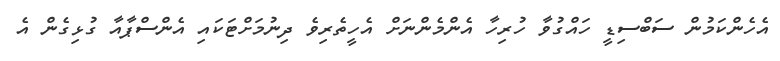
އެހެންކަމުން ސަބްސިޑީ ހައްގުވާ ހުރިހާ އެންމެންނަށް އެހީތެރިވެ ދިނުމަށްޓަކައި އެންސްޕާއާ ގުޅިގެން އެ